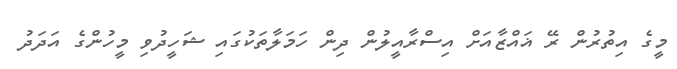
މީގެ އިތުރުން ރޭ ޣައްޒާއަށް އިސްރާއީލުން ދިން ހަމަލާތަކުގައި ޝަހީދުވި މީހުންގެ އަދަދު